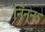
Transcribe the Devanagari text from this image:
निन्नऽ